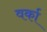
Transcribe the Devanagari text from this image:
वर्का